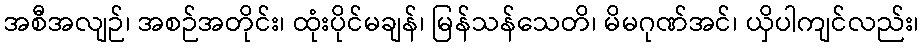
အစီအလျဉ်၊ အစဉ်အတိုင်း၊ ထုံးပိုင်မချန်၊ မြန်သန်သေတိ၊ မိမဂုဏ်အင်၊ ယှိပါကျင်လည်း၊